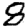
Digit: 8